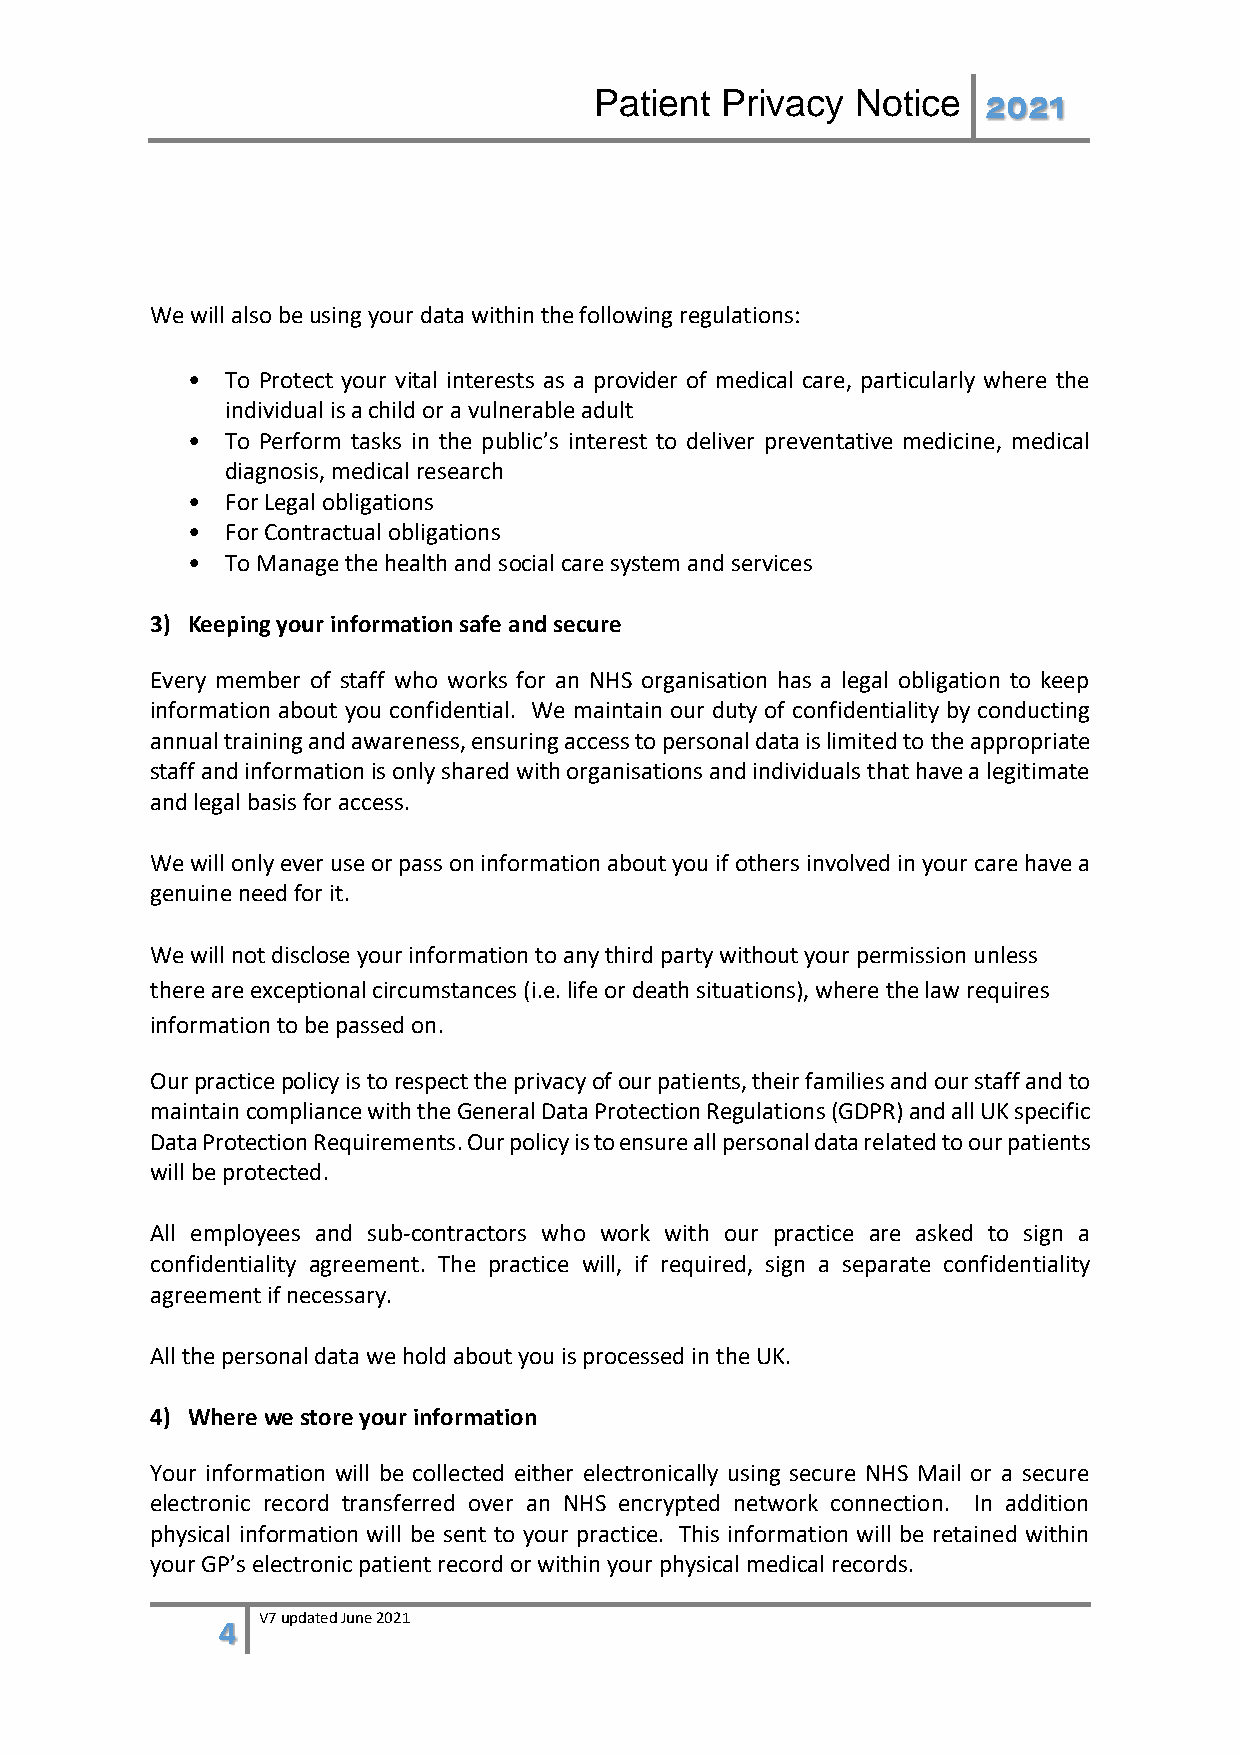
Patient  Privacy  Notice  2021
 We will also be using your data within the following regulations:
 •  To Protect your vital interests as a provider of medical care, particularly where the
 individual is a child or a vulnerable adult
 •  To Perform tasks in the public’s interest to deliver preventative medicine, medical
 diagnosis, medical research
 •  For Legal obligations
 •  For Contractual obligations
 •  To Manage the health and social care system and services
 3) Keeping your information safe and secure
 Every member of staff who works for an NHS organisation has a legal obligation to keep
 information about you confidential. We maintain our duty of confidentiality by conducting
 annual training and awareness, ensuring access to personal data is limited to the appropriate
 staff and information is only shared with organisations and individuals that have a legitimate
 and legal basis for access.
 We will only ever use or pass on information about you if others involved in your care have a
 genuine need for it.
 We will not disclose your information to any third party without your permission unless
 there are exceptional circumstances (i.e. life or death situations), where the law requires
 information to be passed on.
 Our practice policy is to respect the privacy of our patients, their families and our staff and to
 maintain compliance with the General Data Protection Regulations (GDPR) and all UK specific
 Data Protection Requirements. Our policy is to ensure all personal data related to our patients
 will be protected.
 All employees and sub-contractors who work with our practice are asked to sign a
 confidentiality agreement. The practice will, if required, sign a separate confidentiality
 agreement if necessary.
 All the personal data we hold about you is processed in the UK.
 4) Where we store your information
 Your information will be collected either electronically using secure NHS Mail or a secure
 electronic record transferred over an NHS encrypted network connection. In addition
 physical information will be sent to your practice. This information will be retained within
 your GP’s electronic patient record or within your physical medical records.
 4 V7 updated June 2021